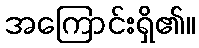
အကြောင်းရှိ၏။